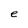
Character: e